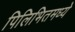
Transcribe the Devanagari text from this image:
पिलिभितमध्ये